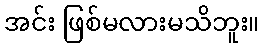
အင်း ဖြစ်မလားမသိဘူး။